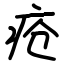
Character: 疮